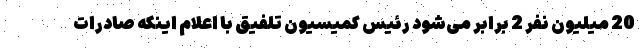
20 میلیون نفر 2 برابر می‌شود رئیس کمیسیون تلفیق با اعلام اینکه صادرات